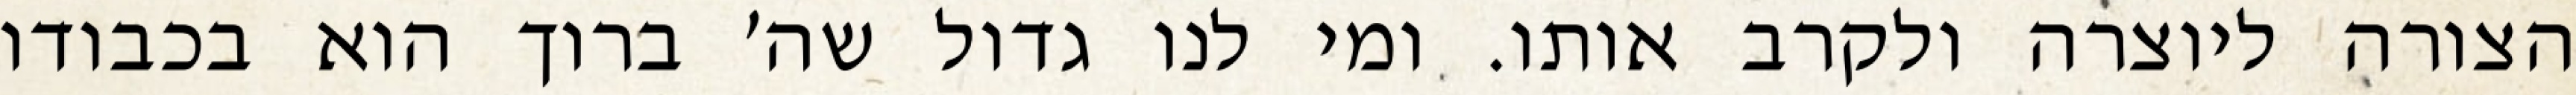
הצורה ליוצרה ולקרב אותו. ומי לנו גדול שה׳ ברוך הוא בכבודו